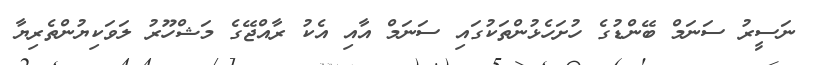
ނަސީރު ސަނަމް ބޭންޑުގެ ހުށަހެޅުންތަކުގައި ސަނަމް އާއި އެކު ރާއްޖޭގެ މަޝްހޫރު ލަވަކިޔުންތެރިޔާ